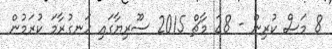
8 މަސް ކުރިން - 28 މާޗް 2015 ސޫރިޔާގައި ހަނގުރާމަ ކުރަމުން